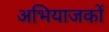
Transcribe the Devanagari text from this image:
अभियाजकों